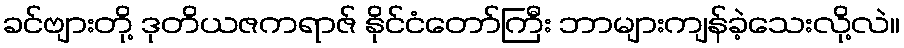
ခင်ဗျားတို့ ဒုတိယဇကရာဇ် နိုင်ငံတော်ကြီး ဘာများကျန်ခဲ့သေးလို့လဲ။